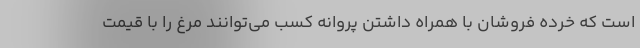
است که خرده فروشان با همراه داشتن پروانه کسب می‌توانند مرغ را با قیمت